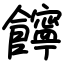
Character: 䭢